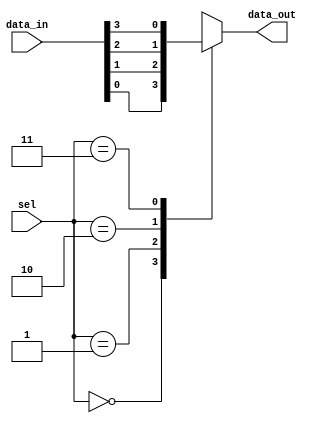
module mux4to1 (
    input wire [3:0] data_in,  // 4-bit input data
    input wire [1:0] sel,      // 2-bit select signal
    output reg data_out        // Output
);

// Combinational logic using an always block
always @ (data_in or sel) begin
    // Immediate assignment to output based on select signal
    case (sel)
        2'b00: data_out = data_in[0]; // Select data_in[0]
        2'b01: data_out = data_in[1]; // Select data_in[1]
        2'b10: data_out = data_in[2]; // Select data_in[2]
        2'b11: data_out = data_in[3]; // Select data_in[3]
        default: data_out = 1'b0;      // Default case (optional)
    endcase
end

endmodule